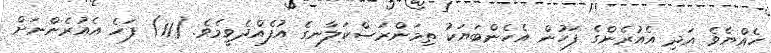
ހެއްޔެވެ އަދި އެއުރެންގެ ފަހުން އެހެންބަޔަކު ތިމަންރަސްކަލާނގެ އުފެއްދެވީމެވެ. (11) ފަހެ އެއުރެންނަށް